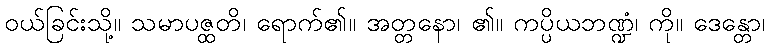
ဝယ်ခြင်းသို့။ သမာပဇ္ထတိ၊ ရောက်၏။ အတ္တနော၊ ၏။ ကပ္ပိယဘဏ္ဍံ၊ ကို။ ဒေန္တော၊